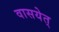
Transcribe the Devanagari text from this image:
वासयेत्